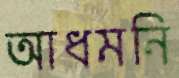
আধমনি